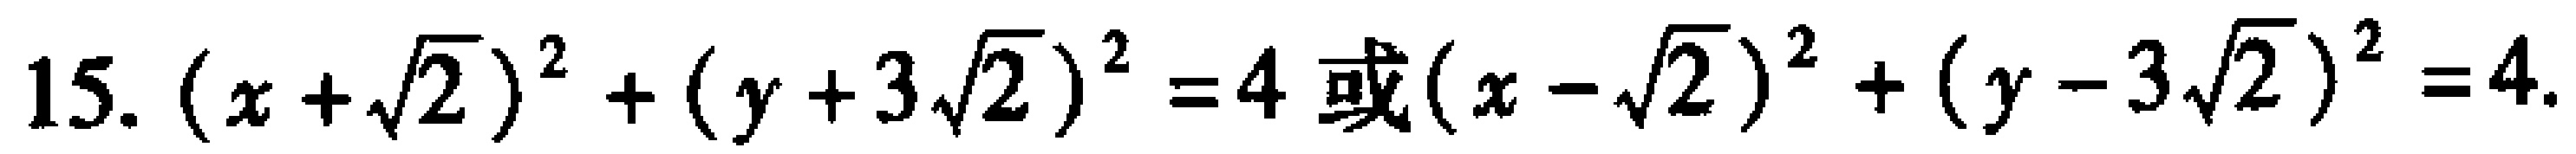
15. \((x + \sqrt{2})^2 + (y + 3\sqrt{2})^2 = 4 \)或\((x - \sqrt{2})^2 + (y - 3\sqrt{2})^2 = 4\)